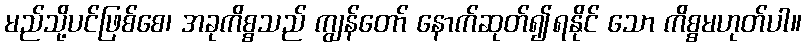
မည်သို့ပင်ဖြစ်စေ၊ အခုကိစ္စသည် ကျွန်တော် နောက်ဆုတ်၍ရနိုင် သော ကိစ္စမဟုတ်ပါ။